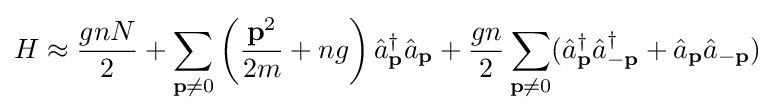
H\approx {\frac {gnN}{2}}+\sum _{\mathbf {p} \neq 0}\left({\frac {\mathbf {p} ^{2}}{2m}}+ng\right){\hat {a}}_{\mathbf {p} }^{\dagger }{\hat {a}}_{\mathbf {p} }+{\frac {gn}{2}}\sum _{\mathbf {p} \neq 0}({\hat {a}}_{\mathbf {p} }^{\dagger }{\hat {a}}_{-\mathbf {p} }^{\dagger }+{\hat {a}}_{\mathbf {p} }{\hat {a}}_{-\mathbf {p} })